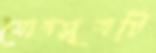
যোগসূত্রটি